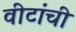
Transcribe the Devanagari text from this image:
वीटांची